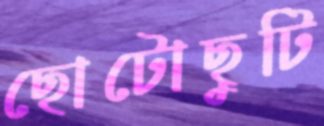
ছোটোছুটি